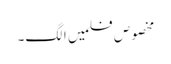
مخصوص فلمیں الگ۔